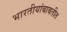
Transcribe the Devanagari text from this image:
भारतीयांबाबतीत